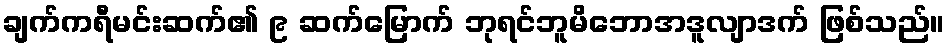
ချက်ကရီမင်းဆက်၏ ၉ ဆက်မြောက် ဘုရင်ဘူမိဘောအဒူလျာဒက် ဖြစ်သည်။